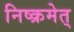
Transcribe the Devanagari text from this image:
निष्क्रमेत्